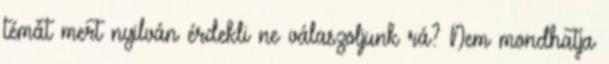
témát mert nyilván érdekli ne válaszoljunk rá? Nem mondhatja